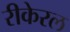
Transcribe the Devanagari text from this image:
रीकेरल